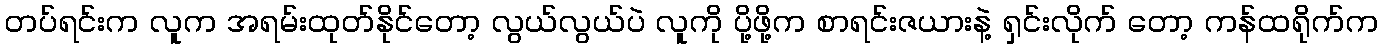
တပ်ရင်းက လူက အရမ်းထုတ်နိုင်တော့ လွယ်လွယ်ပဲ လူကို ပို့ဖို့က စာရင်းဇယားနဲ့ ရှင်းလိုက် တော့ ကန်ထရိုက်က